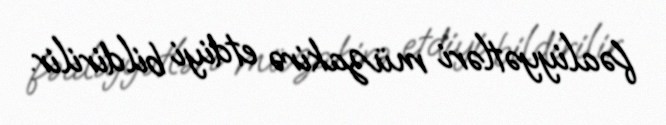
fəaliyyətləri müzakirə etdiyi bildirilir.